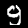
Digit: 9